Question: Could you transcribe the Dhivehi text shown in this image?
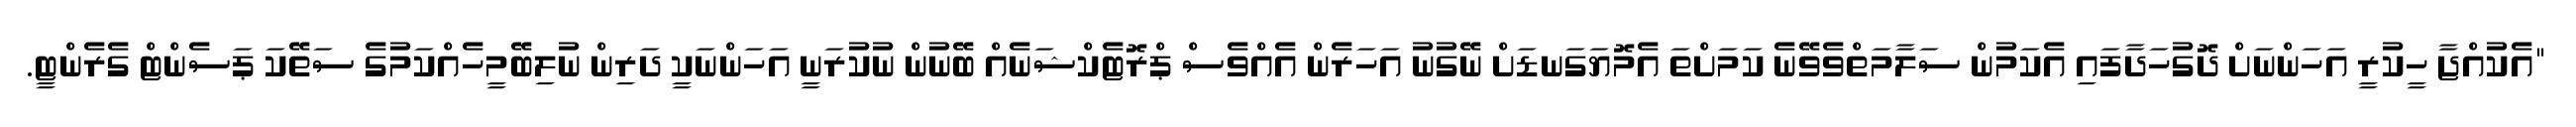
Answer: "އެކުއްޖާ ހީކުރީ އަހަންނަށް ދޮގުހަދާފައި އެކަމުން ސަލާމަތްވެވޭނެ ކަމަށްތަ އެމޮޔަގަނޑަށް ނޭގުނު އަހަރެން އެއްވެސް ޕްރޮޓެކްޝަނެއް ބޭނުން ނުކުރަނީ އަހަންނަކީ ދަރިން ނުލިބޭމީހެއްކަމުގެ ސަތޭކަ ޕަސެންޓް ގެރެންޓީ.